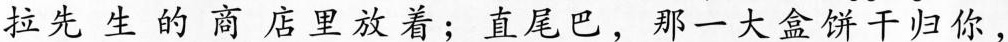
拉先生的商店里放着;直尾巴，那一大盒饼干归你，